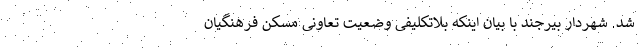
شد. شهردار بیرجند با بیان اینکه بلاتکلیفی وضعیت تعاونی مسکن فرهنگیان